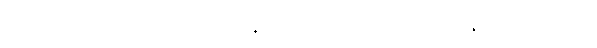
(မိမိကိုယ်ကို မိမိသတ်ခြင်း၊ မိဂလန္ဒကို သတ်ခိုင်းခြင်းသည် ပါရာဇိကဝတ္ထု မဟုတ်၊